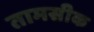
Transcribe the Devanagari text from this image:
तामसीक